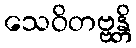
သေဝိတဗ္ဗန္တိ